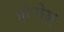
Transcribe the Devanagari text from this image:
प्रोपोज़्